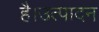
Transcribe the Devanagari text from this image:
है।उत्पादन